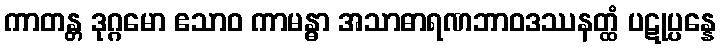
ကာတန္တ ဒုဂ္ဂမော ဧသာဝ ကာမန္ဓာ အသာဓာရဏဘာဝဒဿနတ္ထံ ပဋုပ္ပန္နေ